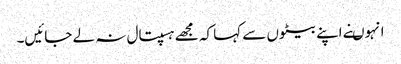
انہوںنے اپنے بیٹوں سے کہا کہ مجھے ہسپتال نہ لے جائیں۔